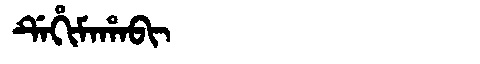
Manchu: ᡩᡝᡥᡳᠮᠠᡥᠠᠪᡳ
Romanization: DEHIMAHABI